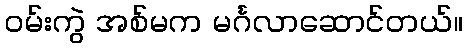
ဝမ်းကွဲ အစ်မက မင်္ဂလာဆောင်တယ်။